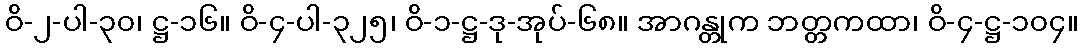
ဝိ-၂-ပါ-၃၀၊ ဋ္ဌ-၁၆။ ဝိ-၄-ပါ-၃၂၅၊ ဝိ-၁-ဋ္ဌ-ဒု-အုပ်-၆၈။ အာဂန္တုက ဘတ္တကထာ၊ ဝိ-၄-ဋ္ဌ-၁၀၄။